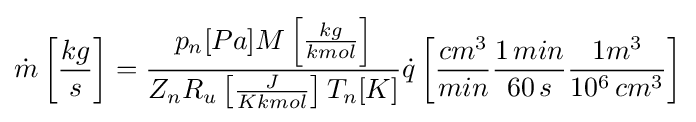
{\dot {m}}\left[{\frac {kg}{s}}\right]={\frac {p_{n}[Pa]M\left[{\frac {kg}{kmol}}\right]}{Z_{n}R_{u}\left[{\frac {J}{Kkmol}}\right]T_{n}[K]}}{\dot {q}}\left[{\frac {cm^{3}}{min}}{\frac {1\,min}{60\,s}}{\frac {1m^{3}}{10^{6}\,cm^{3}}}\right]